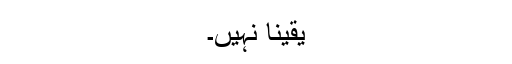
یقیناً نہیں۔